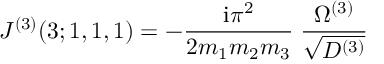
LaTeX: J ^ { ( 3 ) } ( 3 ; 1 , 1 , 1 ) = - \frac { \mathrm { i } \pi ^ { 2 } } { 2 m _ { 1 } m _ { 2 } m _ { 3 } } \; \frac { \Omega ^ { ( 3 ) } } { \sqrt { D ^ { ( 3 ) } } }